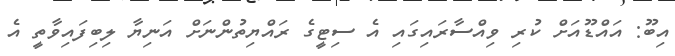
އިބޫ: އައްޑޫއަށް ކުރި ވިއްސާރައިގައި އެ ސިޓީގެ ރައްޔިތުންނަށް އަނިޔާ ލިބިފައިވާތީ އެ